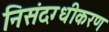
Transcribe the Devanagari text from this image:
निसंदग्धीकरण